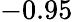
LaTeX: -0.95